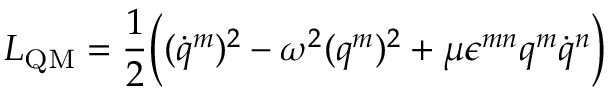
L _ { \mathrm { Q M } } = \frac 1 2 \Bigl ( ( \dot { q } ^ { m } ) ^ { 2 } - \omega ^ { 2 } ( q ^ { m } ) ^ { 2 } + \mu \epsilon ^ { m n } q ^ { m } \dot { q } ^ { n } \Bigr )